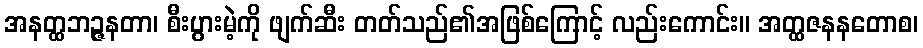
အနတ္ထဘဉ္ဇနတာ၊ စီးပွားမဲ့ကို ဖျက်ဆီး တတ်သည်၏အဖြစ်ကြောင့် လည်းကောင်း။ အတ္ထဇနနတောစ၊